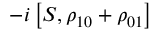
- i \left[ S , { { \rho } _ { 1 0 } } + { { \rho } _ { 0 1 } } \right]